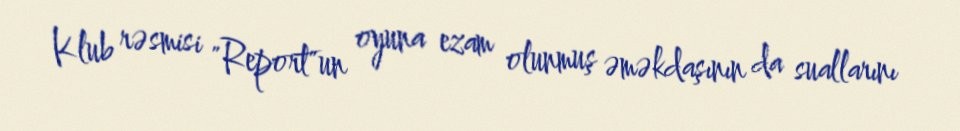
Klub rəsmisi "Report"un oyuna ezam olunmuş əməkdaşının da suallarını